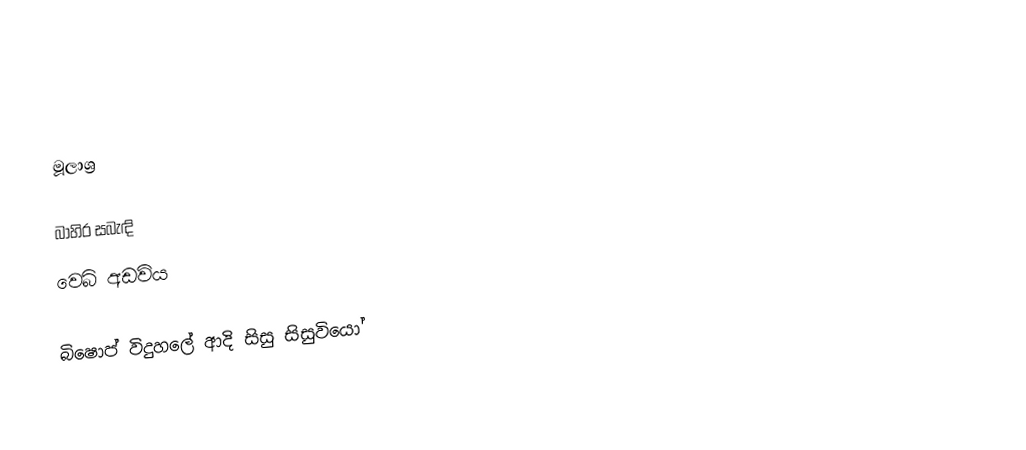

මූලාශ්‍ර

බාහිර සබැඳි
 වෙබ් අඩවිය

බිෂොප් විදුහලේ ආදි සිසු සිසුවියෝ